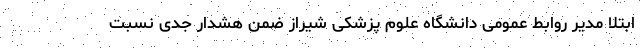
ابتلا مدیر روابط عمومی دانشگاه علوم پزشکی شیراز ضمن هشدار جدی نسبت